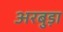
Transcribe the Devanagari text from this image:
अरबुड़ा